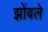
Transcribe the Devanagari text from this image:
झोंबले